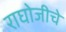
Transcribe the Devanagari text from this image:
राघोजीचे